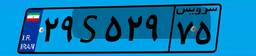
۲۹S۵۲۹۷۵